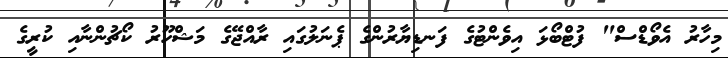
މިހާރު އެވޯޑްސް" ފުޓްބޯޅަ އިވެންޓުގެ ފަނޑިޔާރުންގެ ޕެނަލުގައި ރާއްޖޭގެ މަޝްހޫރު ކޯޗުންނާއި ކުރީގެ